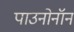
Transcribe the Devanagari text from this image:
पाउनोनॉन